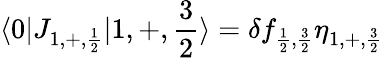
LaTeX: \langle 0|J_{1,+,{\frac{1}{2}}}|1,+,{\frac{3}{2}}\rangle=\delta f_{{\frac{1}{2}},{\frac{3}{2}}}\eta_{1,+,{\frac{3}{2}}}\,